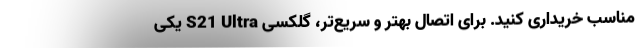
مناسب خریداری کنید. برای اتصال بهتر و سریع‌تر، گلکسی S21 Ultra یکی